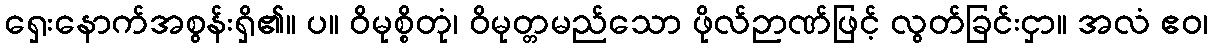
ရှေးနောက်အစွန်းရှိ၏။ ပ။ ဝိမုစ္စိတုံ၊ ဝိမုတ္တမည်သော ဖိုလ်ဉာဏ်ဖြင့် လွတ်ခြင်းငှာ။ အလံ ဧဝ၊